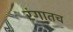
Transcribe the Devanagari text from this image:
रंगातच